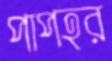
পাপহর